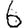
Digit: 6